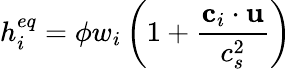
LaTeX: h_{i}^{eq}=\phi w_{i}\left(1+\frac{\textbf{c}_{i}\cdot\textbf{u}}{c_{s}^{2}}\right)